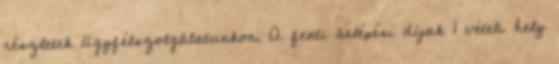
részletek ügyfélszolgálatunkon. A fenti belépési díjak 1 vételi hely